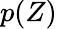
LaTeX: p(Z)